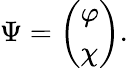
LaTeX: \Psi=\left(\begin{array}{l}{{\varphi}}\\ {{\chi}}\end{array}\right).